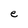
Character: e